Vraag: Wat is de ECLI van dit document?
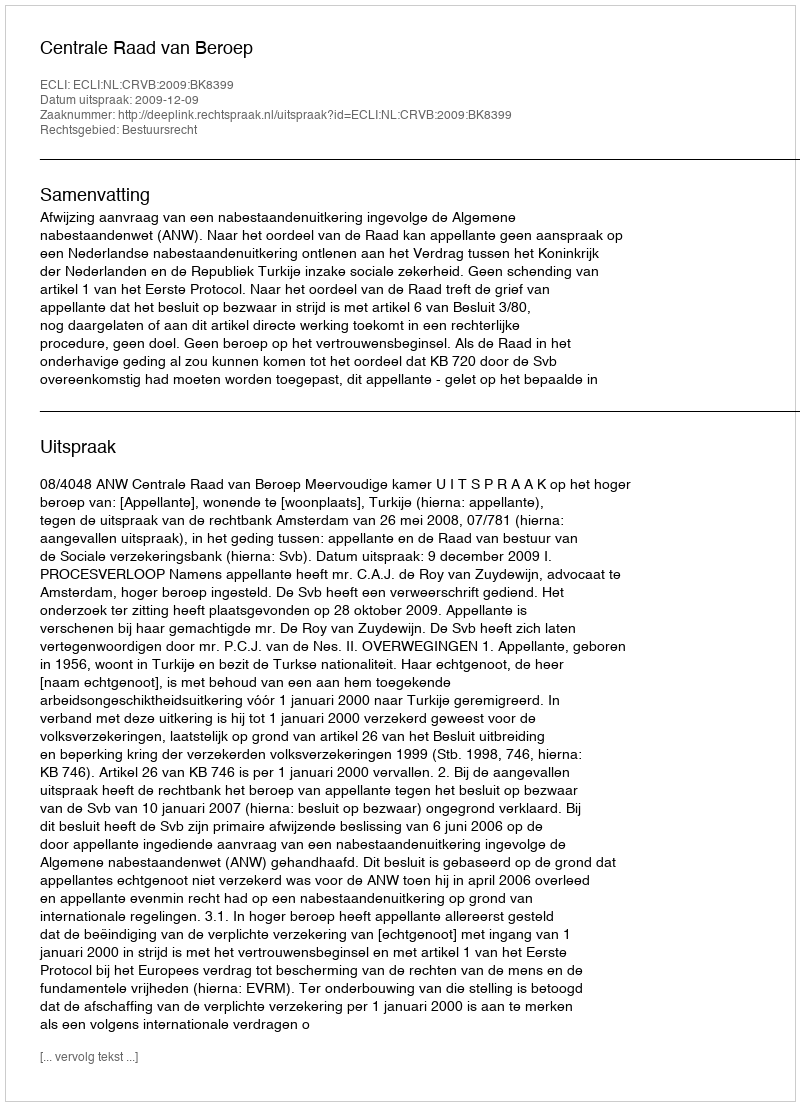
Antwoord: ECLI:NL:CRVB:2009:BK8399